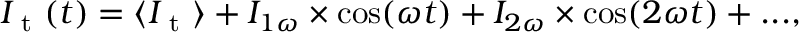
I _ { \mathrm { ~ t ~ } } ( t ) = \langle I _ { \mathrm { ~ t ~ } } \rangle + I _ { 1 \omega } \times \cos ( \omega t ) + I _ { 2 \omega } \times \cos ( 2 \omega t ) + . . . ,